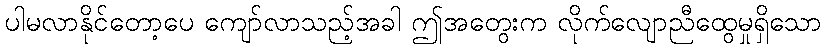
ပါမလာနိုင်တော့ပေ ကျော်လာသည့်အခါ ဤအတွေးက လိုက်လျောညီထွေမှုရှိသော